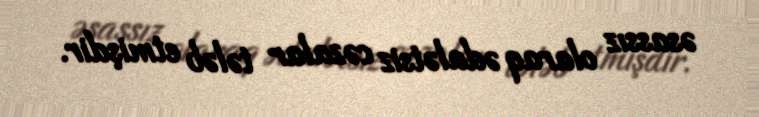
əsassız olaraq ədalətsiz cəzalar tələb etmişdir.